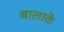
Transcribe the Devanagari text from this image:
बालाके